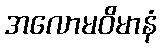
အလောမဝိမာနံ